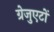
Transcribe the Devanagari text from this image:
ग्रेजुएटों